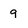
Character: g